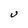
Character: U